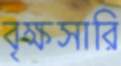
বৃক্ষসারি